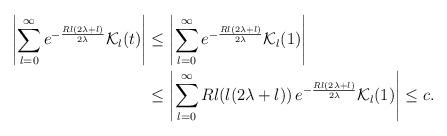
LaTeX: \begin{align*}\left|\sum_{l=0}^\infty e^{-\frac{Rl(2\lambda+l)}{2\lambda}}\mathcal K_l(t)\right|&\leq\left|\sum_{l=0}^\infty e^{-\frac{Rl(2\lambda+l)}{2\lambda}}\mathcal K_l(1)\right|\\&\leq\left|\sum_{l=0}^\infty Rl(l(2\lambda+l))\,e^{-\frac{Rl(2\lambda+l)}{2\lambda}}\mathcal K_l(1)\right|\leq c.\end{align*}